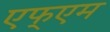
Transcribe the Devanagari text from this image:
एफ्एम